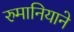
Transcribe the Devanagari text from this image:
रुमानियाने